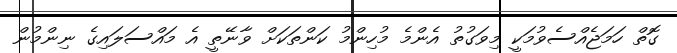
ގޮތް ހަމަޖެއްސެވުމަކީ މިވަގުތު އެންމެ މުހިންމު ކަންތަކަށް ވާނޭތީ އެ މައްސަލައިގެ ނިންމުން